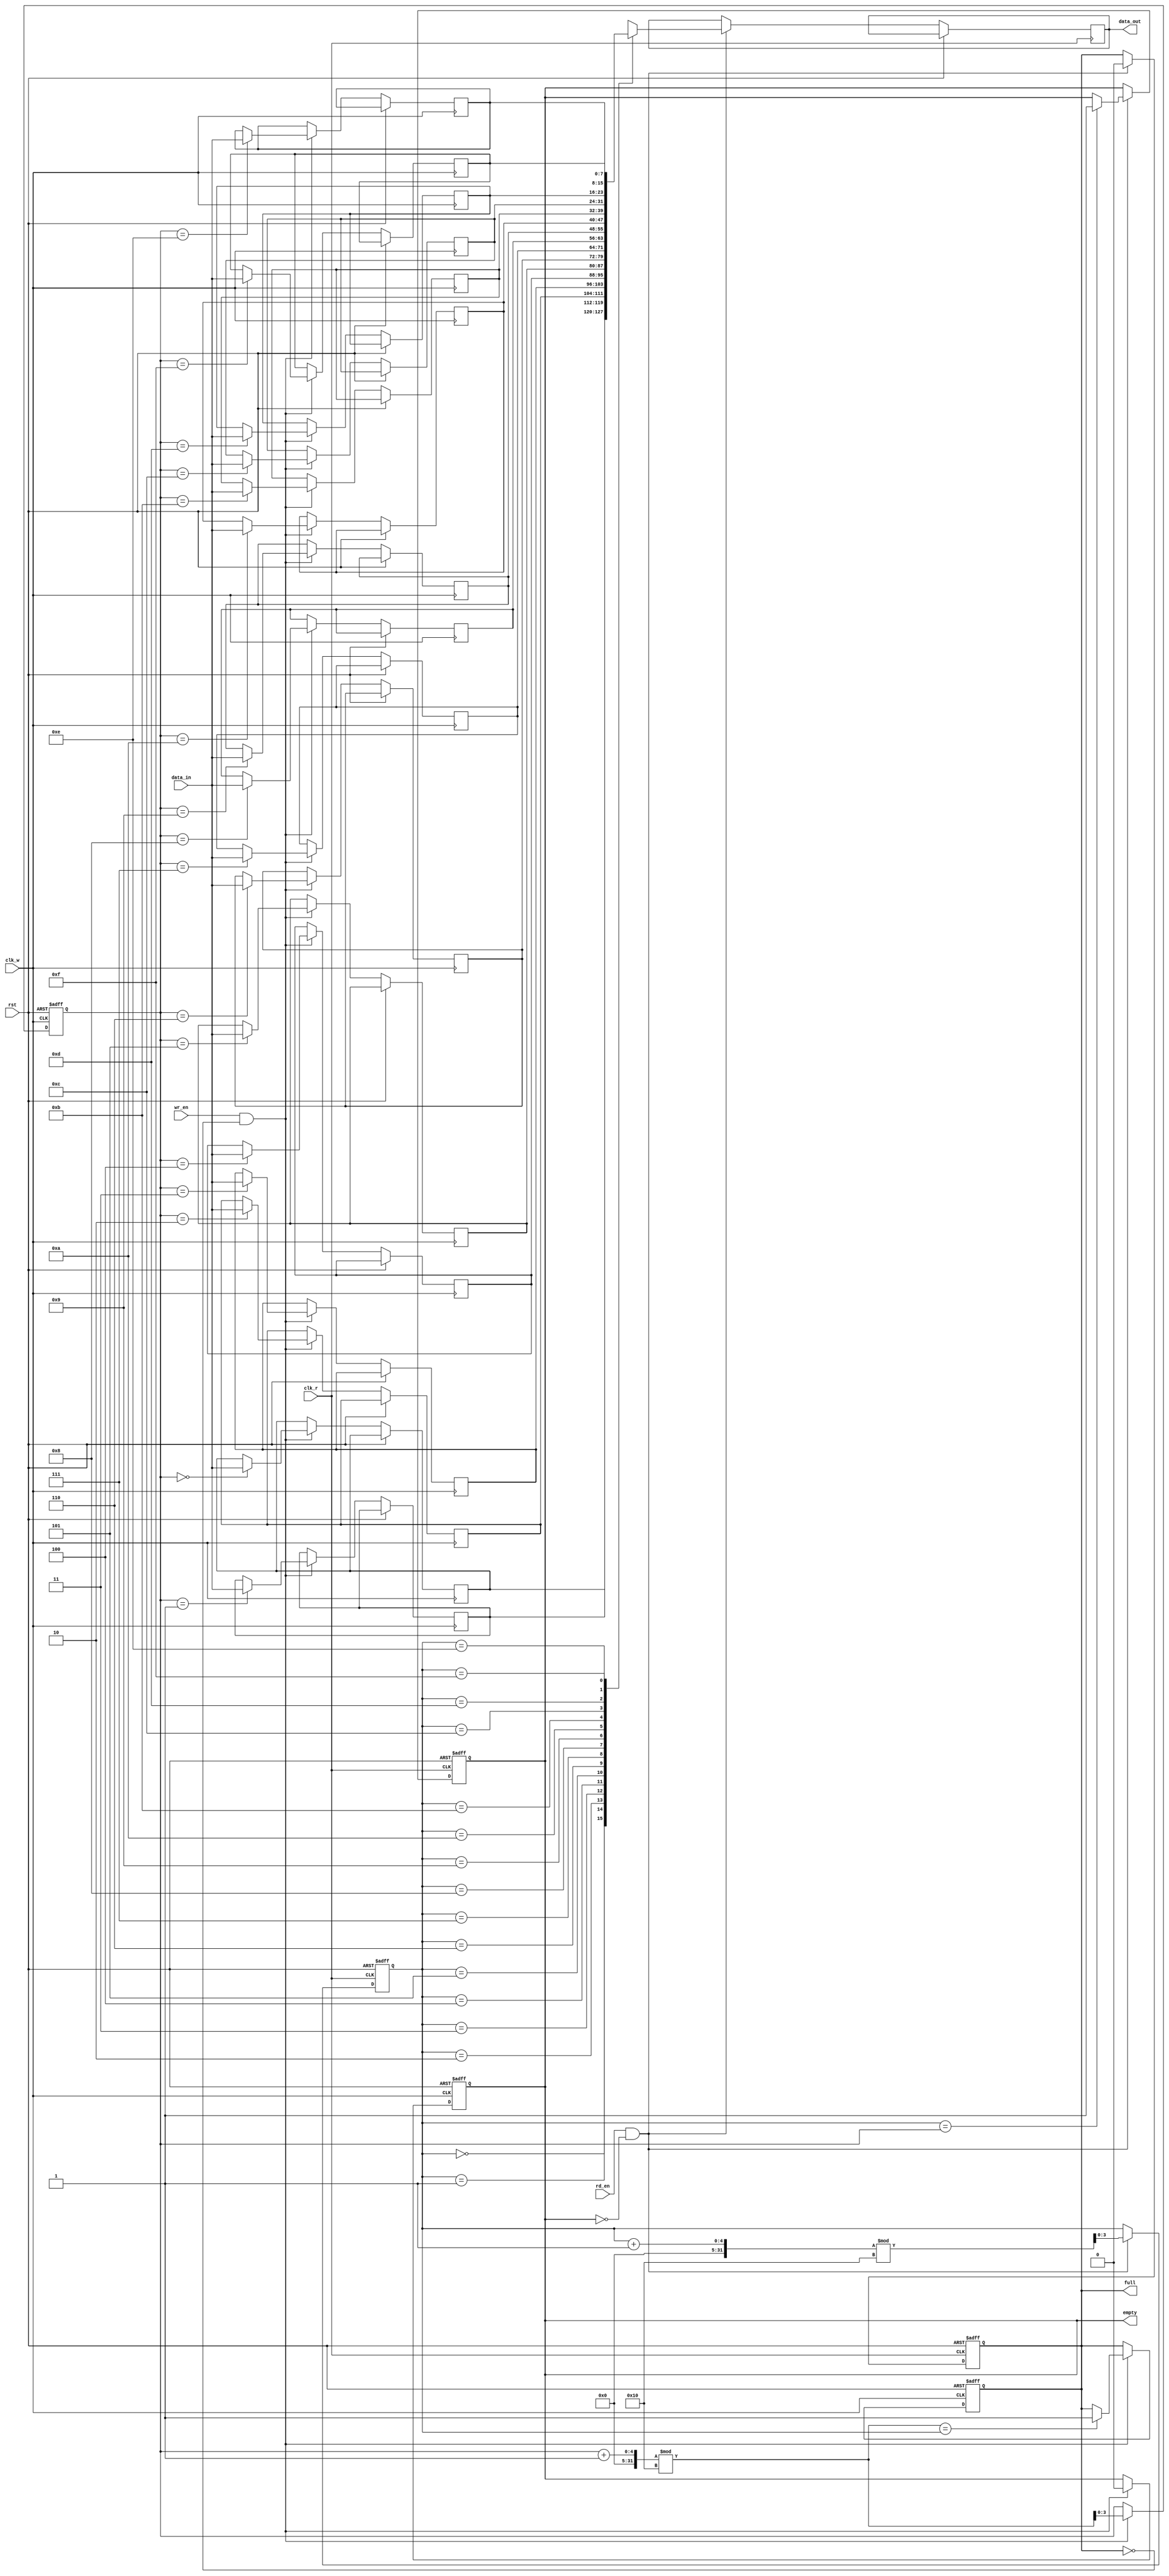
module fifo_sram #(
    parameter DATA_WIDTH = 8,  // Configurable data width (e.g., 8, 16, 32 bits)
    parameter DEPTH = 16        // Configurable depth of the FIFO
)(
    input wire clk_w,           // Write clock
    input wire clk_r,           // Read clock
    input wire rst,             // Reset signal
    input wire wr_en,           // Write enable
    input wire rd_en,           // Read enable
    input wire [DATA_WIDTH-1:0] data_in, // Data input
    output reg [DATA_WIDTH-1:0] data_out, // Data output
    output reg full,            // Full flag
    output reg empty            // Empty flag
);

    // Memory array (SRAM)
    reg [DATA_WIDTH-1:0] mem [0:DEPTH-1];

    // Write and read pointers
    reg [$clog2(DEPTH)-1:0] wr_ptr;
    reg [$clog2(DEPTH)-1:0] rd_ptr;

    // Initialize pointers and flags
    initial begin
        wr_ptr = 0;
        rd_ptr = 0;
        full = 0;
        empty = 1;
    end

    // Write operation
    always @(posedge clk_w or posedge rst) begin
        if (rst) begin
            wr_ptr <= 0;
            full <= 0;
            empty <= 1;
        end else if (wr_en && !full) begin
            mem[wr_ptr] <= data_in; // Write data to memory
            wr_ptr <= (wr_ptr + 1) % DEPTH; // Increment write pointer
            empty <= 0; // FIFO is not empty after write
            if ((wr_ptr + 1) % DEPTH == rd_ptr) begin
                full <= 1; // FIFO is full
            end
        end
    end

    // Read operation
    always @(posedge clk_r or posedge rst) begin
        if (rst) begin
            rd_ptr <= 0;
            full <= 0;
            empty <= 1;
        end else if (rd_en && !empty) begin
            data_out <= mem[rd_ptr]; // Read data from memory
            rd_ptr <= (rd_ptr + 1) % DEPTH; // Increment read pointer
            full <= 0; // FIFO is not full after read
            if (rd_ptr == wr_ptr) begin
                empty <= 1; // FIFO is empty
            end
        end
    end

endmodule